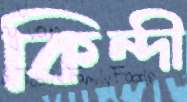
কিন্দী